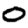
Digit: 0